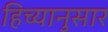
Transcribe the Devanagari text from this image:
हिच्यानुसार